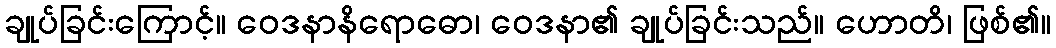
ချုပ်ခြင်းကြောင့်။ ဝေဒနာနိရောဓော၊ ဝေဒနာ၏ ချုပ်ခြင်းသည်။ ဟောတိ၊ ဖြစ်၏။